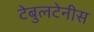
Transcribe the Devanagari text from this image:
टेबुलटेनीस